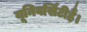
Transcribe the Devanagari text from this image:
यूनिवर्सिटीहैं।